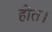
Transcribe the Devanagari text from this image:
होत।